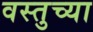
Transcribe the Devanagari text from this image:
वस्तुच्या